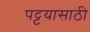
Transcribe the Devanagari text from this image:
पट्टयासाठी